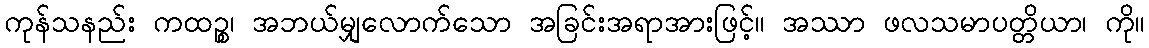
ကုန်သနည်း ကထဉ္စ၊ အဘယ်မျှလောက်သော အခြင်းအရာအားဖြင့်။ အဿာ ဖလသမာပတ္တိယာ၊ ကို။